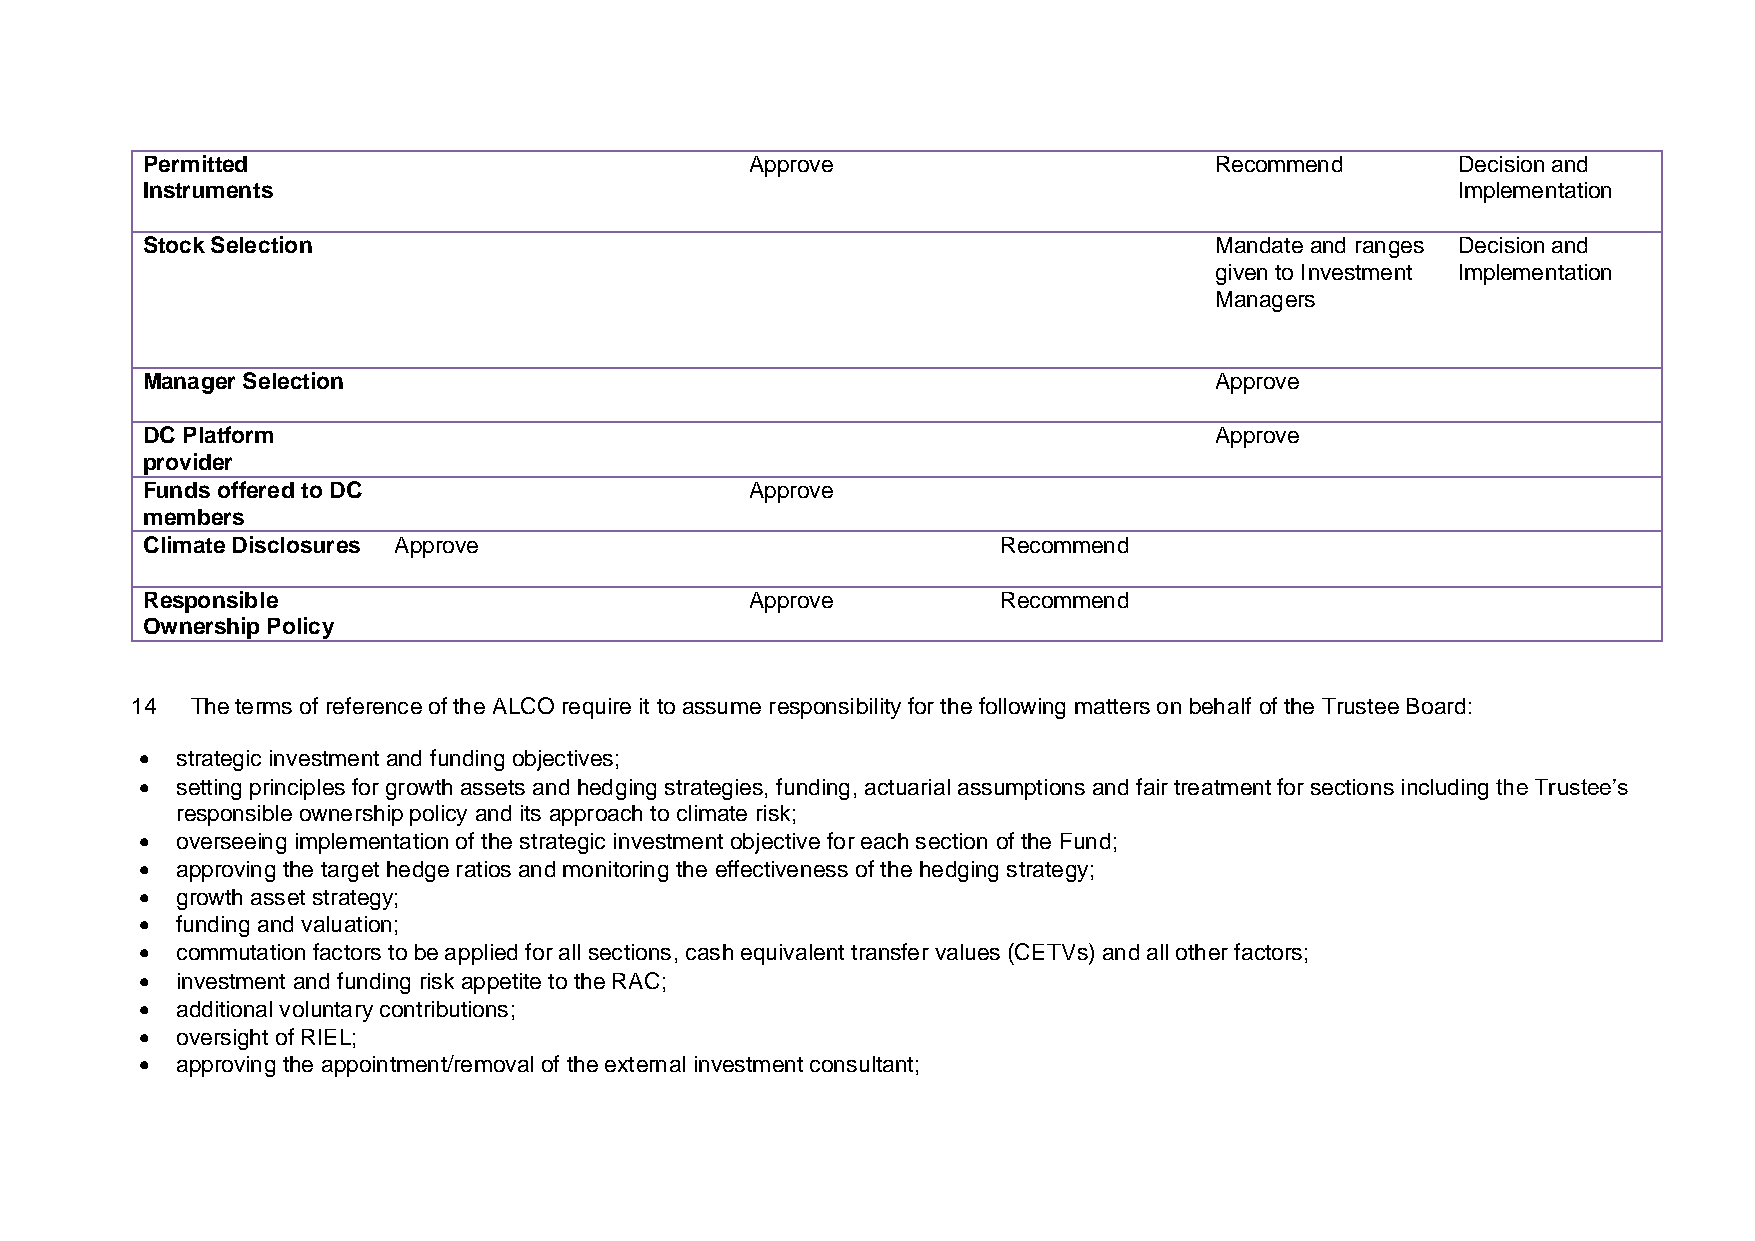
Permitted                                Approve                       Recommend       Decision and
 Instruments                                                                            Implementation
 Stock Selection                                                        Mandate and ranges Decision and
 given to Investment Implementation
 Managers
 Manager Selection                                                      Approve
 DC Platform                                                            Approve
 provider
 Funds offered to DC                      Approve
 members
 Climate Disclosures Approve                              Recommend
 Responsible                              Approve         Recommend
 Ownership Policy
 14  The terms of reference of the ALCO require it to assume responsibility for the following matters on behalf of the Trustee Board:
 •  strategic investment and funding objectives;
 •  setting principles for growth assets and hedging strategies, funding, actuarial assumptions and fair treatment for sections including the Trustee’s
 responsible ownership policy and its approach to climate risk;
 •  overseeing implementation of the strategic investment objective for each section of the Fund;
 •  approving the target hedge ratios and monitoring the effectiveness of the hedging strategy;
 •  growth asset strategy;
 •  funding and valuation;
 •  commutation factors to be applied for all sections, cash equivalent transfer values (CETVs) and all other factors;
 •  investment and funding risk appetite to the RAC;
 •  additional voluntary contributions;
 •  oversight of RIEL;
 •  approving the appointment/removal of the external investment consultant;